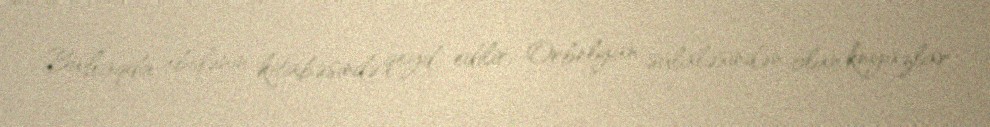
Bu haqda abidənin kitabəsində qeyd edilir: Orbelyan sülaləsindən olan knyazlar